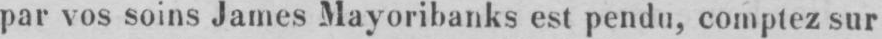
par vos soins James Mayoribanks est pendu, comptez sur